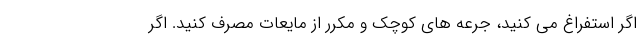
اگر استفراغ می کنید، جرعه های کوچک و مکرر از مایعات مصرف کنید. اگر